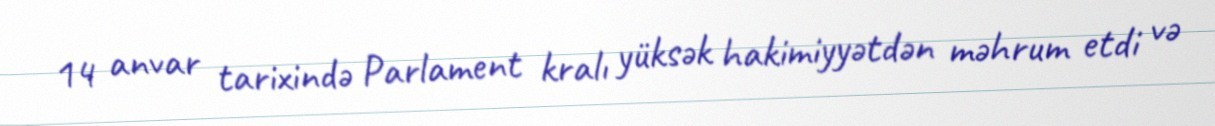
14 anvar tarixində Parlament kralı yüksək hakimiyyətdən məhrum etdi və